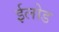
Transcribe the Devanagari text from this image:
ईलोड